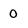
Character: 0